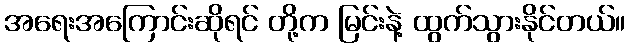
အရေးအကြောင်းဆိုရင် တို့က မြင်းနဲ့ ထွက်သွားနိုင်တယ်။